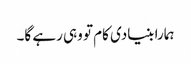
ہمارا بنیادی کام تو وہی رہے گا۔